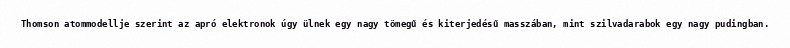
Thomson atommodellje szerint az apró elektronok úgy ülnek egy nagy tömegű és kiterjedésű masszában, mint szilvadarabok egy nagy pudingban.